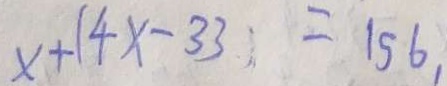
x + 1 4 x - 3 3 = 1 5 6 ,